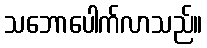
သဘောပေါက်လာသည်။